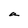
Character: a